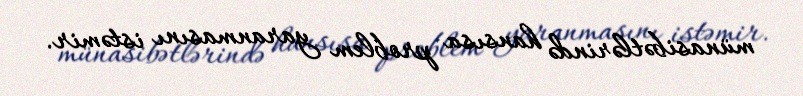
münasibətlərində hansısa problem yaranmasını istəmir.